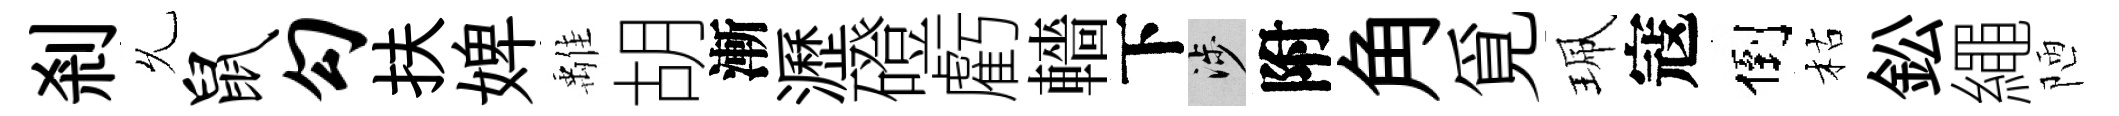
剎𠃔鼠勾扶婢𩀌胡漸瀝磴虧轖下涉附角覓珮寇倒枯鈆繩陋